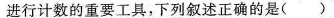
进行计数的重要工具，下列叙述正确的是()